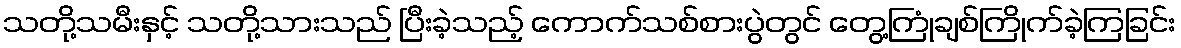
သတို့သမီးနှင့် သတို့သားသည် ပြီးခဲ့သည့် ကောက်သစ်စားပွဲတွင် တွေ့ကြုံချစ်ကြိုက်ခဲ့ကြခြင်း